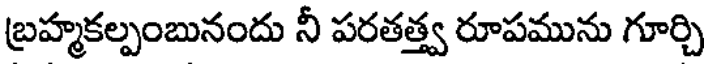
బ్రహ్మకల్పంబునందు నీ పరతత్త్వ రూపమును గూర్చి